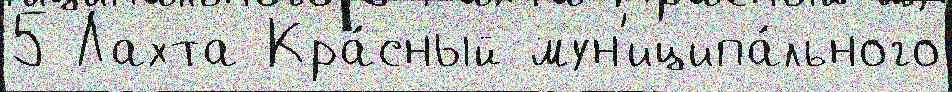
5 Лахта Кра́сный мун'иципа́льного